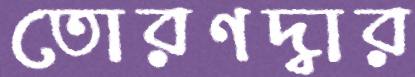
তোরণদ্বার